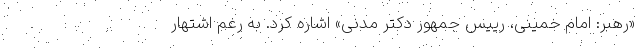
«رهبر: امام خمینی، رییس جمهور دکتر مدنی» اشاره کرد. به رغم اشتهار